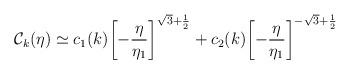
LaTeX: \begin{align*}{\cal C}_{k}(\eta) \simeq c_1(k) \biggl[-\frac{\eta}{\eta_1}\biggr]^{\sqrt{3}+\frac{1}{2}} + c_2(k) \biggl[-\frac{\eta}{\eta_1} \biggr]^{-\sqrt{3}+\frac{1}{2}}\end{align*}